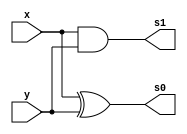
//Guilherme Rodrigues Melo de Oliveira - 427409
//---------------------------------------------
//Somador algebrico - soma e subtracao
//---------------------------------------------

module half_adder (output s0,	 
                 output s1,  
                 input x,  
                 input y); 
 

and AND1(s1,x,y);
xor XOR1(s0,x,y);

endmodule 

// ------------------------- 
module full_adder (output s0,	 
                  output s1,  
                  input x,  
                  input y,  
                  input c_in); 
 

wire half_adder1[0:1];
wire half_adder2[0:1];

half_adder porta1(half_adder1[1],half_adder1[0],x,y);
half_adder porta2(half_adder2[1],half_adder2[0],half_adder1[1],c_in);

assign s0 = half_adder2[1];
or(s1,half_adder1[0],half_adder2[0]);
 
endmodule 
//---------------------------------
module selecionar(output s0,
                  output s1,
						input x,
						input y,
						input c_in,
						input selecionador);
						
wire XOR1;
xor XOR_g(XOR1,y,selecionador);
full_adder Sum(s0,s1,x,XOR1,c_in);	

endmodule
//---------------------------------
module exemplo0031(output[5:0] s0,
						 input[5:0] x,
						 input[5:0] y,
						 input selecionador);
						 
						 
      wire [5:0] w; 
      wire [5:0] z;      
      wire c;
		wire c2;
		wire c3;
		wire c4;
		wire c5;
		wire c6;
					
		selecionar sum0(s0[0],c,x[0],y[0],selecionador,selecionador);
		selecionar sum1(s0[1],c2,x[1],y[1],c,selecionador);
		selecionar sum2(s0[2],c3,x[2],y[2],c2,selecionador);
		selecionar sum3(s0[3],c4,x[3],y[3],c3,selecionador);
		selecionar sum4(s0[4],c5,x[4],y[4],c4,selecionador);
		selecionar sum5(s0[5],c6,x[5],y[5],c5,selecionador);	
		
		endmodule	
// -------------------------------------------------------------	

module test_selecionar; 

      reg[5:0] x;
		reg[5:0] y;
		reg c_in;
		
		wire[5:0] s0;
		
		
		exemplo0031 somador(s0,x,y,c_in);
		
		

 initial begin 
      $display("Exemplo0031"); 
		$display("Guilherme Rodrigues Melo de Oliveira / 427409");
		$display("\n");  
		x=6'b001001;	y=6'b000100; c_in=1'b0;	
		#1 $display("%b + %b = %b",x,y,s0);
		
		x=6'b011011;	y=6'b001011; c_in=1'b1;	
		#2 $display("%b - %b = %b",x,y,s0);

 end 
 
endmodule